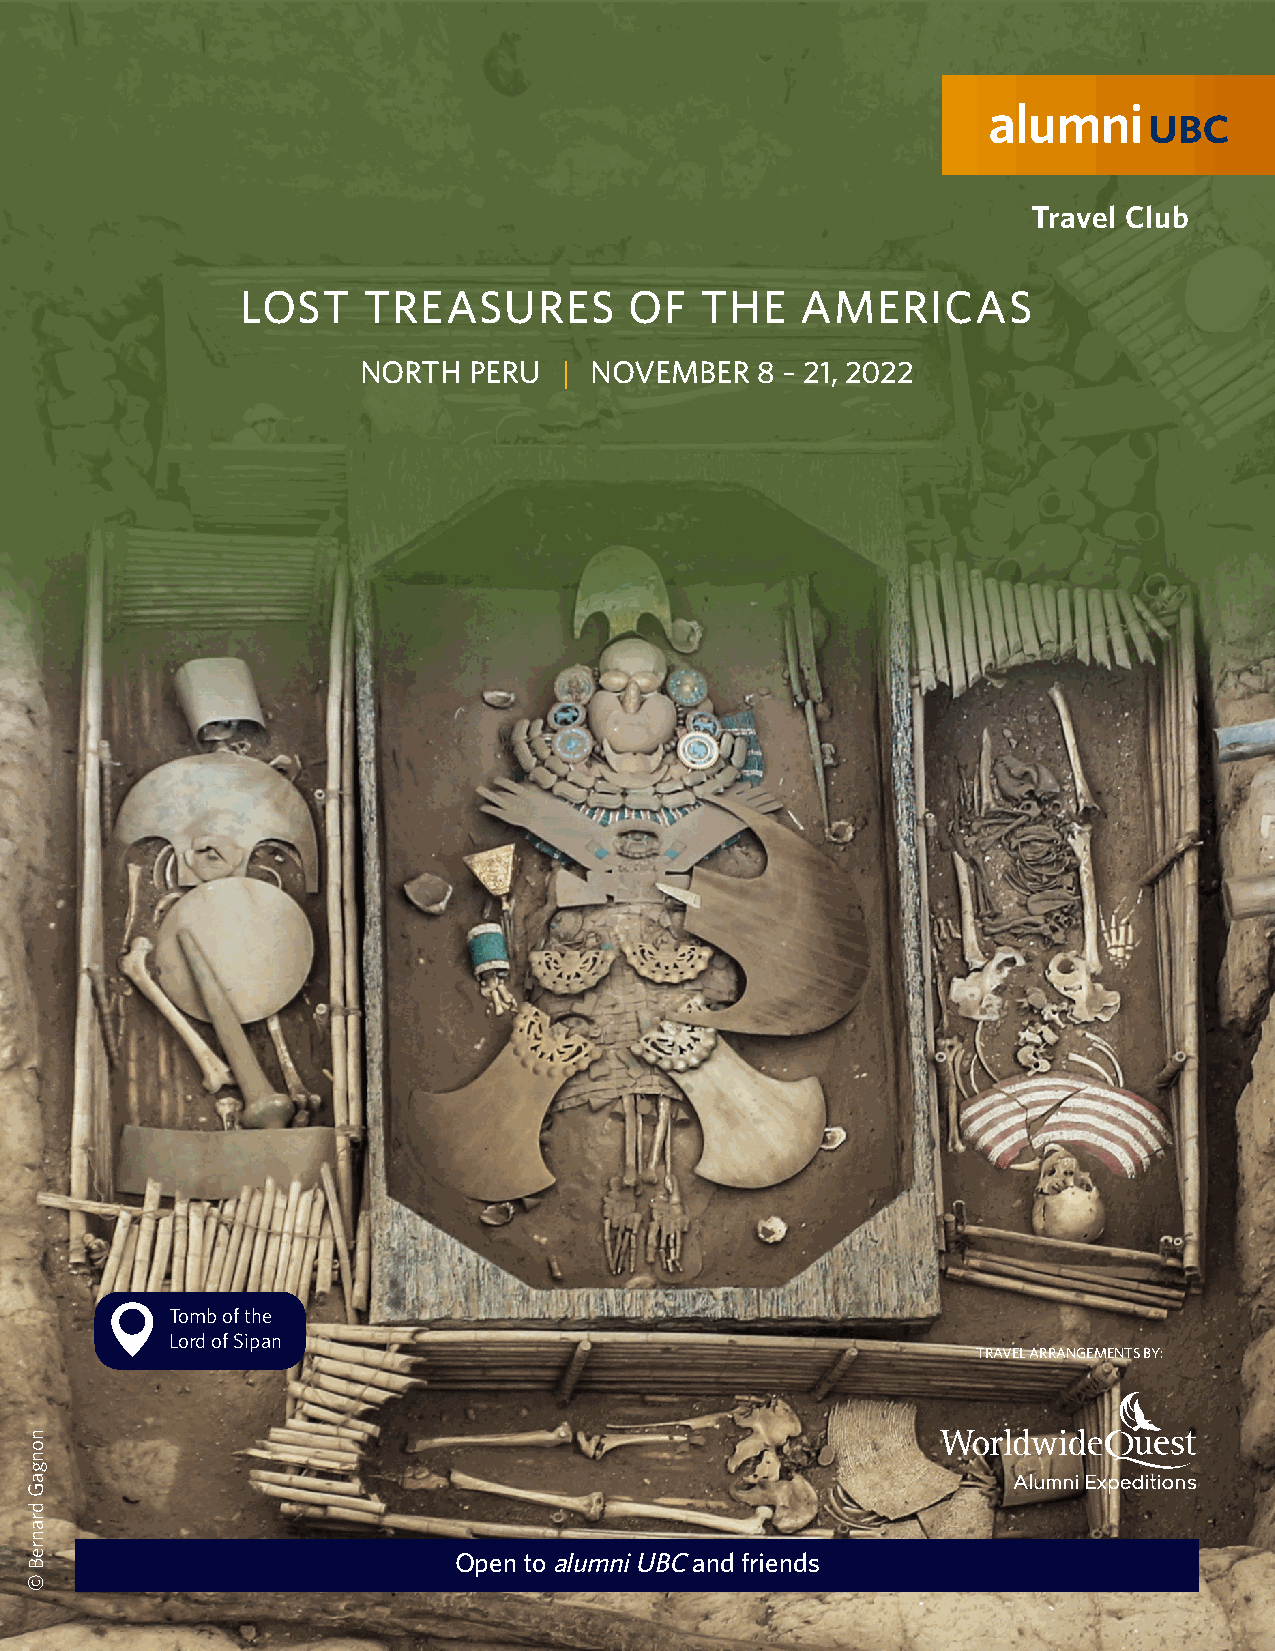
Travel Club
 LOST    TREASURES         OF  THE    AMERICAS
 NORTH  PERU  | NOVEMBER   8 – 21, 2022
 Tomb of the
 Lord of Sipan
 TRAVEL ARRANGEMENTS BY:
 Open to alumni UBC and friends
 TALK TO AN EXPERT OR RESERVE YOUR SPOT | 1-800-387-1483 / 416-633-5666 | TRAVEL@WORLDWIDEQUEST.COM
 nongaG
 dranreB
 ©